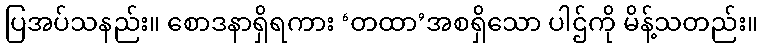
ပြအပ်သနည်း။ စောဒနာရှိရကား ‘တထာ’အစရှိသော ပါဌ်ကို မိန့်သတည်း။